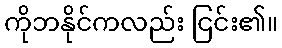
ကိုဘနိုင်ကလည်း ငြင်း၏။